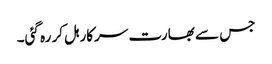
جس سے بھارت سرکار ہل کر رہ گئی۔